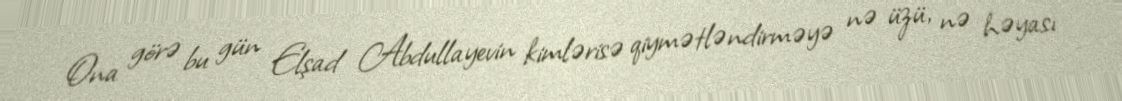
Ona görə bu gün Elşad Abdullayevin kimlərisə qiymətləndirməyə nə üzü, nə həyası